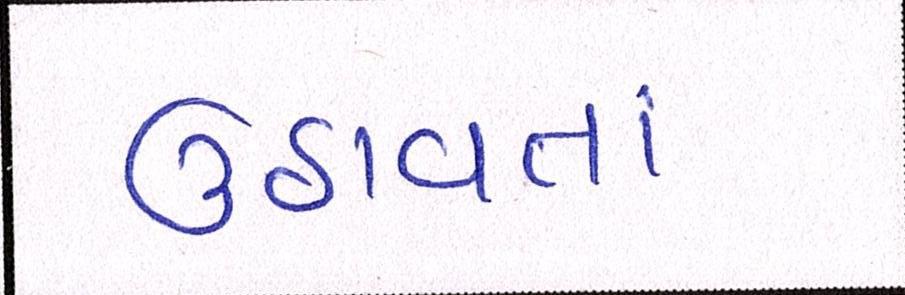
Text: ઉઠાવતાં